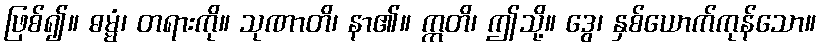
ဖြစ်၍။ ဓမ္မံ၊ တရားကို။ သုဏာတိ၊ နာ၏။ ဣတိ၊ ဤသို့။ ဒွေ၊ နှစ်ယောက်ကုန်သော။